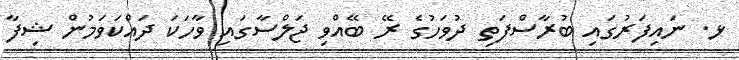
ޅ. ނައިފަރުގައި ބުރާސްފަތި ދުވަހުގެ ރޭ ބޭއްވި ޖަލްސާގައި ވާހަކަ ދައްކަވަމުން ޝިފާ